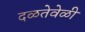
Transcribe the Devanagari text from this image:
दळतेवेळी